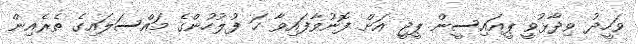
ވަހީދު ވިދާޅުވީ ޕީއައިސީން ޕީޖީ އަށް ފޮނުވާފައިވާ ހަ ފުލުހުންގެ މައްސަލައިގެ ތެރެއިން